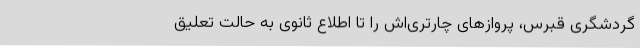
گردشگری قبرس، پروازهای چارتری‌اش را تا اطلاع ثانوی به حالت تعلیق